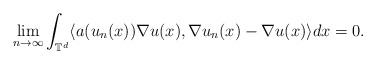
\begin{align*}\lim_{n\rightarrow\infty} \int_{\mathbb{T}^d} \langle a(u_n(x)) \nabla u(x), \nabla u_n(x) - \nabla u(x) \rangle dx = 0 .\end{align*}